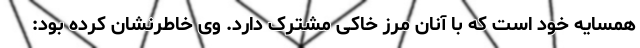
همسایه خود است که با آنان مرز خاکی مشترک دارد. وی خاطرنشان کرده بود: